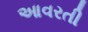
આવરતી